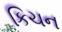
કિચન